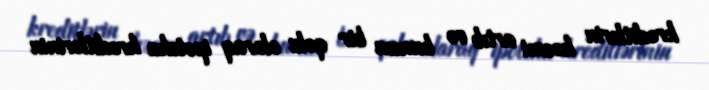
kreditlərin həcmi artıb və bunun bir qolu olaraq ipoteka kreditlərinin